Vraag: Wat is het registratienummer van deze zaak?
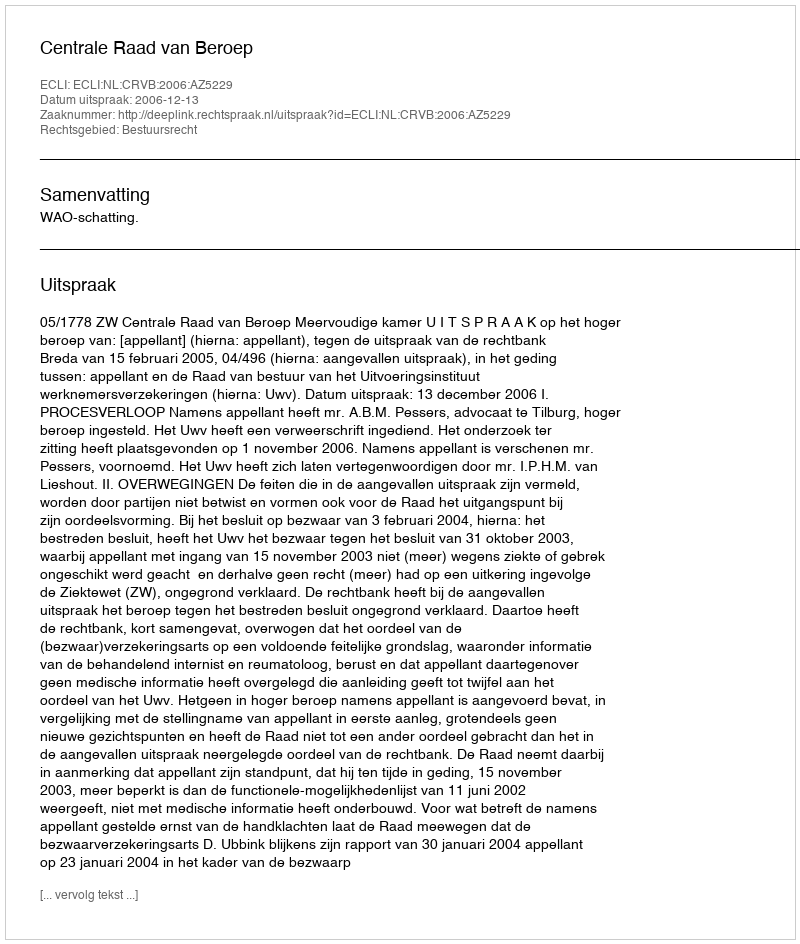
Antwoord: http://deeplink.rechtspraak.nl/uitspraak?id=ECLI:NL:CRVB:2006:AZ5229